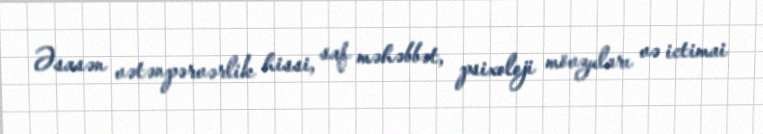
Əsasən vətənpərvərlik hissi, saf məhəbbət, psixoloji mövzuları və ictimai